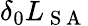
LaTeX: \delta_{0}L_{\mathrm{~S~A~}}